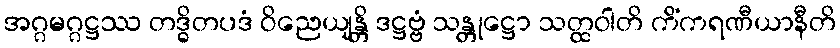
အဂ္ဂမဂ္ဂဋ္ဌဿ တဒ္ဓိတပဒံ ဝိညေယျန္တိ ဒဋ္ဌဗ္ဗံ သန္တုဋ္ဌော သတ္ထဝါတိ ကိံကရဏီယာနီတိ